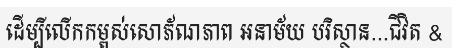
ដើម្បីលើកកម្ពស់សោភ័ណភាព អនាម័យ បរិស្ថាន...ជីវិត &